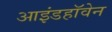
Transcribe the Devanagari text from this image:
आइंडहॉवेन